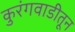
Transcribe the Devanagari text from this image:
कुरंगवाडीतून